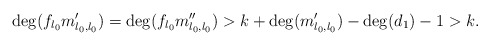
\begin{align*} \deg(f_{l_0}m'_{l_0,l_0})=\deg(f_{l_0}m''_{l_0,l_0})>k+\deg(m'_{l_0,l_0})-\deg(d_1)-1>k.\end{align*}